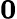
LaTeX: \boldsymbol{0}